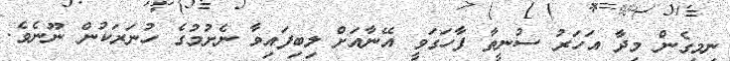
ނިމިގެން މިދާ އަހަރު ސުނީތާ ފާހަގަވީ އޭނާއަށް ލިބިފައިވާ ނެށުމުގެ ހުނަރަކުން ނޫނެވެ.